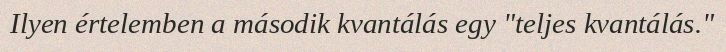
Ilyen értelemben a második kvantálás egy "teljes kvantálás."